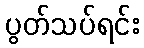
ပွတ်သပ်ရင်း